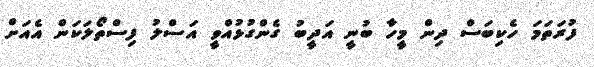
ފުރަތަމަ ހެކިބަސް ދިން މީހާ ބުނީ އަދީބު ގެންގުޅުއްވީ އަސްލު ފިސްތޯލަކަން އެއަށް